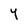
Character: Y